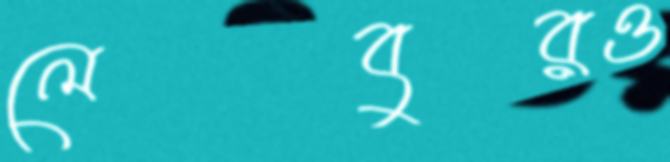
লেবুরও